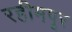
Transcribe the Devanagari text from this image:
रहीमपूर